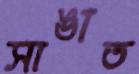
সাঙাত